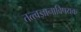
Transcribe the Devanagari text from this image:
तत्त्वज्ञानाविषयक